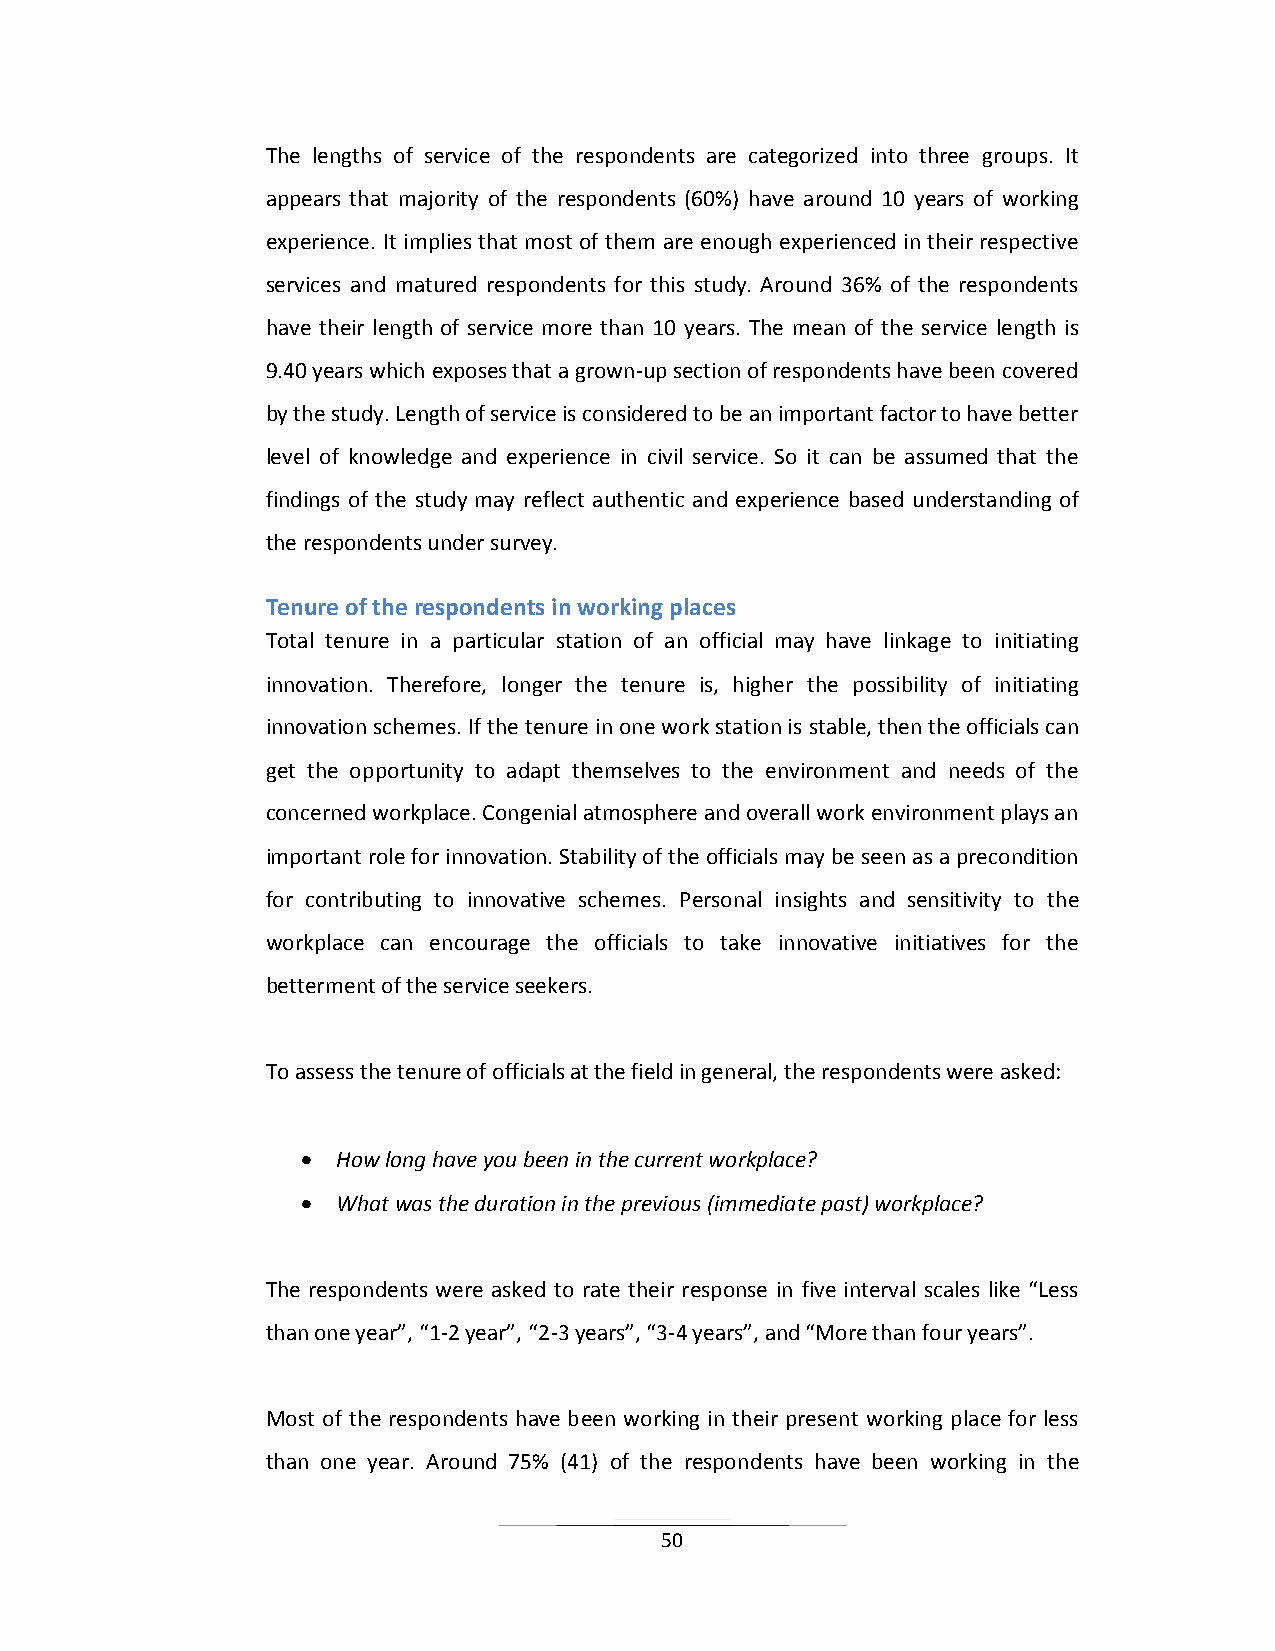
The lengths of service of the respondents are categorized into three groups. It
 appears that majority of the respondents (60%) have around 10 years of working
 experience. It implies that most of them are enough experienced in their respective
 services and matured respondents for this study. Around 36% of the respondents
 have their length of service more than 10 years. The mean of the service length is
 9.40 years which exposes that a grown-up section of respondents have been covered
 by the study. Length of service is considered to be an important factor to have better
 level of knowledge and experience in civil service. So it can be assumed that the
 findings of the study may reflect authentic and experience based understanding of
 the respondents under survey.
 Tenure of the respondents in working places
 Total tenure in a particular station of an official may have linkage to initiating
 innovation. Therefore, longer the tenure is, higher the possibility of initiating
 innovation schemes. If the tenure in one work station is stable, then the officials can
 get the opportunity to adapt themselves to the environment and needs of the
 concerned workplace. Congenial atmosphere and overall work environment plays an
 important role for innovation. Stability of the officials may be seen as a precondition
 for contributing to innovative schemes. Personal insights and sensitivity to the
 workplace can encourage the officials to take innovative initiatives for the
 betterment of the service seekers.
 To assess the tenure of officials at the field in general, the respondents were asked:
  How long have you been in the current workplace?
  What was the duration in the previous (immediate past) workplace?
 The respondents were asked to rate their response in five interval scales like “Less
 than one year”, “1-2 year”, “2-3 years”, “3-4 years”, and “More than four years”.
 Most of the respondents have been working in their present working place for less
 than one year. Around 75% (41) of the respondents have been working in the
 50